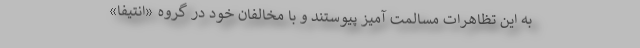
به این تظاهرات مسالمت آمیز پیوستند و با مخالفان خود در گروه «انتیفا»